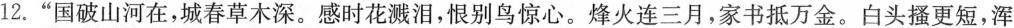
12.”国破山河在，城春草木深。感时花溅泪，恨别鸟惊心。烽火连三月，家书抵万金。白头搔更短，浑